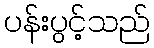
ပန်းပွင့်သည်